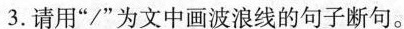
3.请用”/”为文中画波浪线的句子断句。